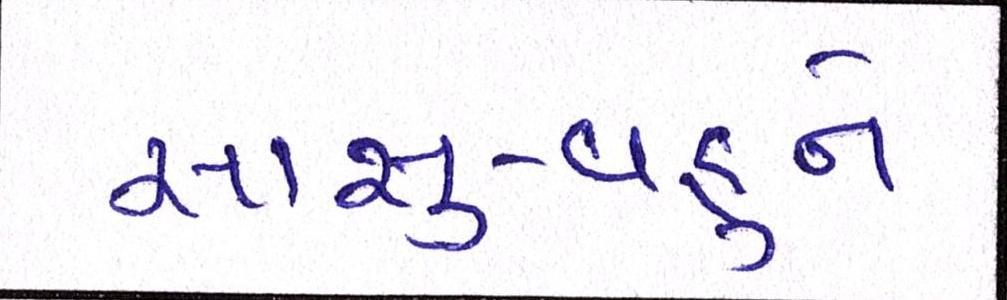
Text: સાસુ-વહુને